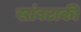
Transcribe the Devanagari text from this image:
खांबटाकी